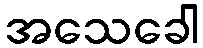
အသေခေါ